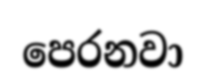
පෙරනවා